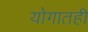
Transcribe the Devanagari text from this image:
योगातही